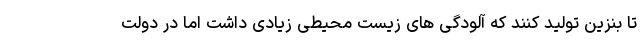
تا بنزین تولید کنند که آلودگی های زیست محیطی زیادی داشت اما در دولت